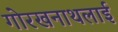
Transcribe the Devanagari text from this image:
गोरखनाथलाई